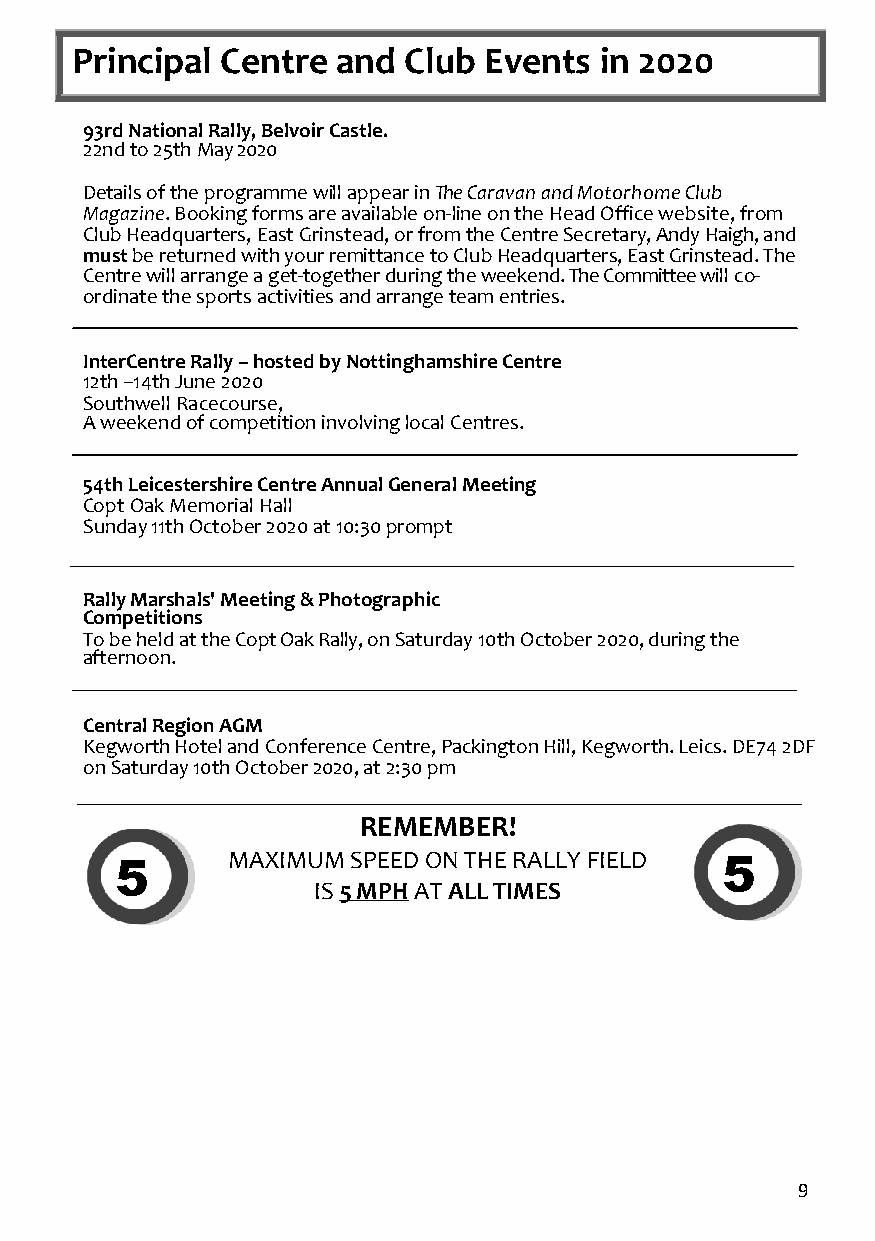
Principal Centre and  Club Events  in 2020
 93rd National Rally, Belvoir Castle.
 22nd to 25th May 2020
 Details of the programme will appear in The Caravan and Motorhome Club
 Magazine. Booking forms are available on-line on the Head Office website, from
 Club Headquarters, East Grinstead, or from the Centre Secretary, Andy Haigh, and
 must be returned with your remittance to Club Headquarters, East Grinstead. The
 Centre will arrange a get-together during the weekend. The Committee will co-
 ordinate the sports activities and arrange team entries.
 InterCentre Rally – hosted by Nottinghamshire Centre
 12th –14th June 2020
 Southwell Racecourse,
 A weekend of competition involving local Centres.
 54th Leicestershire Centre Annual General Meeting
 Copt Oak Memorial Hall
 Sunday 11th October 2020 at 10:30 prompt
 Rally Marshals' Meeting & Photographic
 Competitions
 To be held at the Copt Oak Rally, on Saturday 10th October 2020, during the
 afternoon.
 Central Region AGM
 Kegworth Hotel and Conference Centre, Packington Hill, Kegworth. Leics. DE74 2DF
 on Saturday 10th October 2020, at 2:30 pm
 REMEMBER!
 5      MAXIMUM SPEED ON THE RALLY FIELD 5
 IS 5 MPH AT ALL TIMES
 9